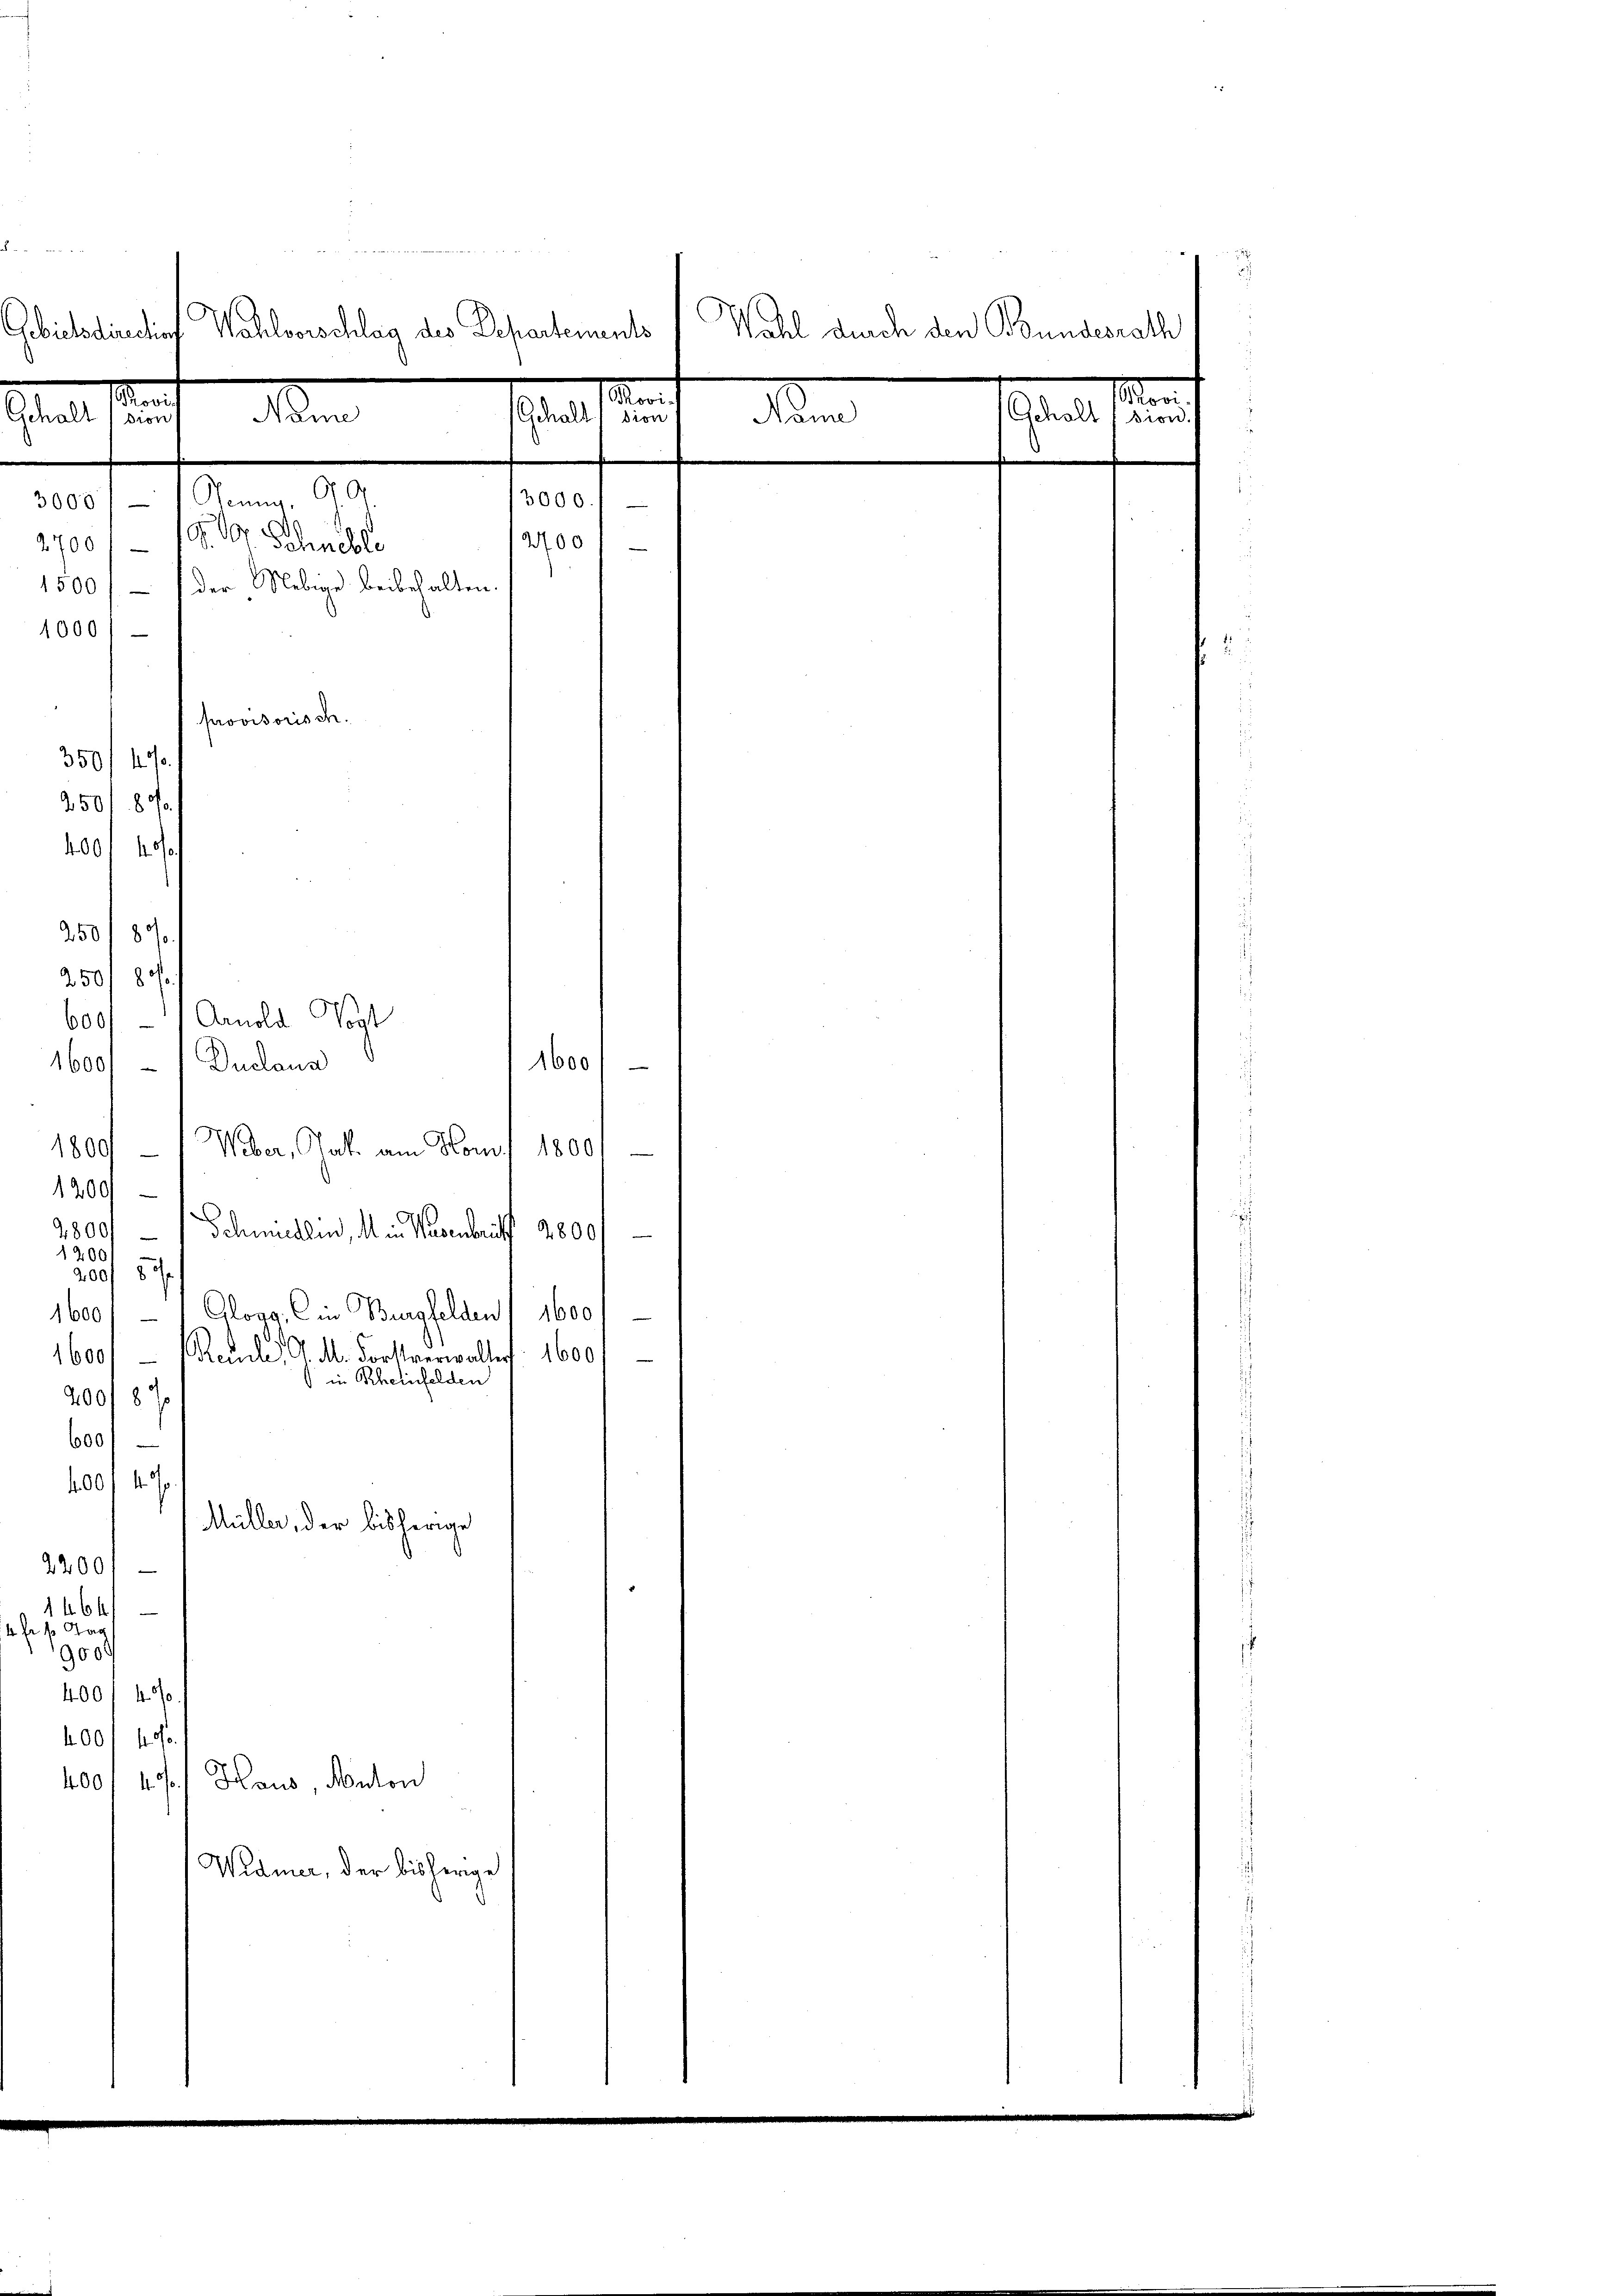
Mienen
chalt
3000, Neung, G. G.
2700/19. Dr. Schnelle
1500, der Uebige beibehalten.
1000

1800
1800/
1200
2800/
Schmidlin, da in Nasenbereits 3800/
1200
200/5 2/
1600/ 1 Cloag. C in Bergfelden 1600
1600. Recule, d. M. Forstverwaltert. 1600
in Rheinfelden
200/87
600
400. 470
Müller, der bisherige
2200,
1464)
4 fr 6 Tag
9000
4001 40
400/ 400.
400/ 47. Haus, Kanton
Widmer, der bisherige

Wahl durch den Bundesrath
Gebietsdirection Wahlvorschlag des Departements
dn
der
n
dion
3000.)
12700,
provisorisch.
350/4.
250f 800.
400 f 40
250/80/
250f 80
600/ – 1 Arnold Vogt
1600 Duclaus
1600

d
dion

Weber, Jak. am Kom

Scholt ssion.

3